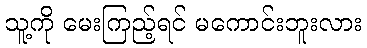
သူ့ကို မေးကြည့်ရင် မကောင်းဘူးလား